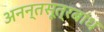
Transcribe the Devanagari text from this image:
अनन्तसूत्रबांध